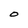
Character: O